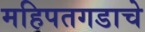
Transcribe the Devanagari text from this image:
महिपतगडाचे